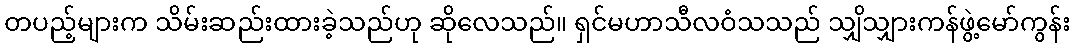
တပည့်များက သိမ်းဆည်းထားခဲ့သည်ဟု ဆိုလေသည်။ ရှင်မဟာသီလဝံသသည် သျှိသျှားကန်ဖွဲ့မော်ကွန်း